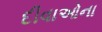
દીવાઓના